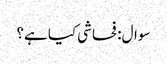
سوال: فحاشی کیا ہے؟